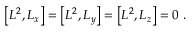
\left[ L ^ { 2 } , L _ { x } \right] = \left[ L ^ { 2 } , L _ { y } \right] = \left[ L ^ { 2 } , L _ { z } \right] = 0 ~ .